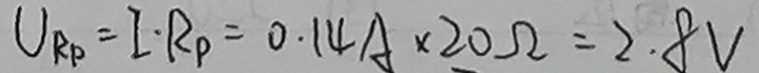
V _ { R _ { p } } = I \cdot R _ { P } = 0 . 1 4 A \times 2 0 \Omega = 2 . 8 V